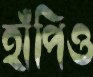
হাঁপিও